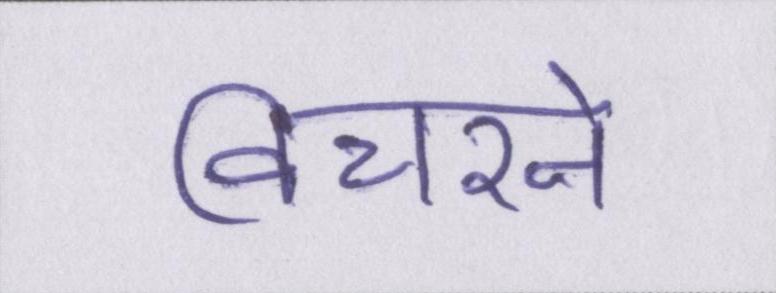
विचरने